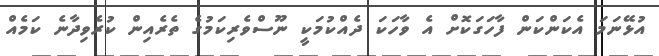
އުޅޭނަމަ އެކަންކަން ފާހަގަކޮށް އެ ވާހަކަ ދެއްކުމަކީ ނޫސްވެރިކަމުގެ ތެރެއިން ކުރެވިދާނެ ކަމެއް